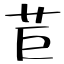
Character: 苣